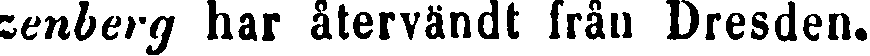
zenberg har återvändt från Dresden.